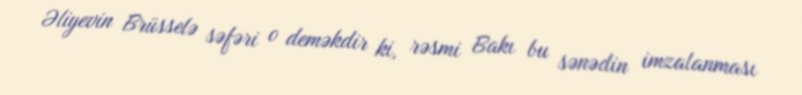
Əliyevin Brüsselə səfəri o deməkdir ki, rəsmi Bakı bu sənədin imzalanması